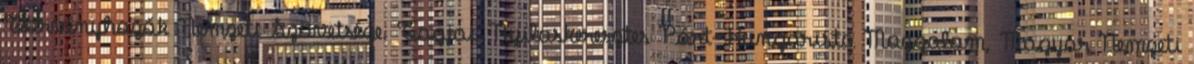
Törvényhozók Nemzeti Szövetsége. Tagjai: Nyilaskeresztes Párt-Hungarista Mozgalom, Magyar Nemzeti